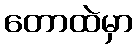
တောထဲမှာ